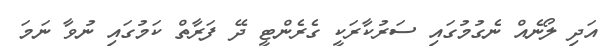
އަދި ލޯނެއް ނެގުމުގައި ސަރުކާރަކީ ގެރެންޓީ ދޭ ފަރާތް ކަމުގައި ނުވާ ނަމަ